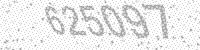
Solution: 625097